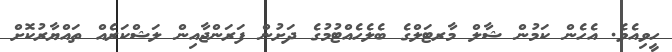
ހީވިއެވެ. އެހެން ކަމުން ޝާލް މާރޓަލްގެ ބެލެހެއްޓުމުގެ ދަށުން ފަރަންޖާއިން ލަޝްކަރެއް ތައްޔާރުކޮށް